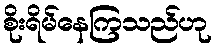
စိုးရိမ်နေကြသည်ဟု